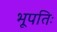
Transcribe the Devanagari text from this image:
भूपतिः